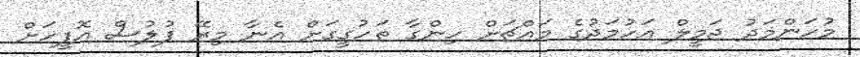
މުހަންމަދު ޖަމީލް އަހުމަދުގެ މައްޗަށް ހިންގާ ތަހުގީގަށް އެނާ މިރޭ ފުލުސް އޮފީހަށް